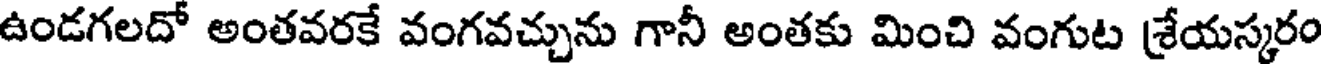
ఉండగలదో అంతవరకే వంగవచ్చును గానీ అంతకు మించి వంగుట శ్రేయస్కరం